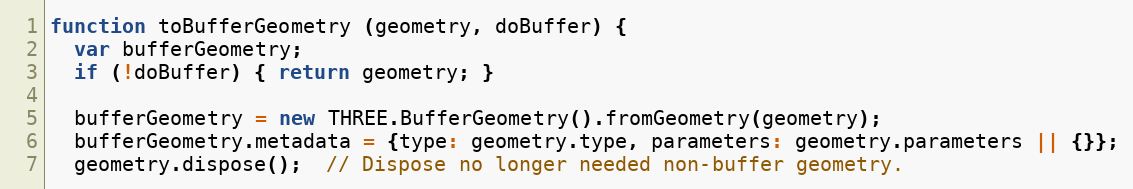
Language: JavaScript
function toBufferGeometry (geometry, doBuffer) {
  var bufferGeometry;
  if (!doBuffer) { return geometry; }

  bufferGeometry = new THREE.BufferGeometry().fromGeometry(geometry);
  bufferGeometry.metadata = {type: geometry.type, parameters: geometry.parameters || {}};
  geometry.dispose();  // Dispose no longer needed non-buffer geometry.